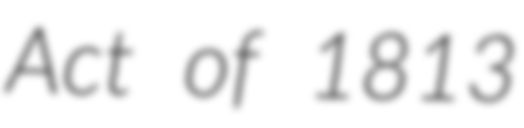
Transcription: Act of 1813